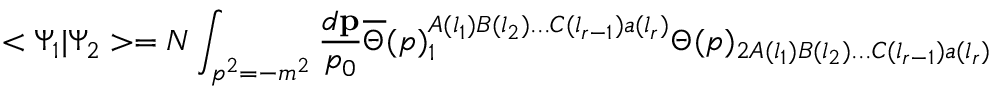
< \Psi _ { 1 } | \Psi _ { 2 } > = N \int _ { p ^ { 2 } = - m ^ { 2 } } \frac { d { \bf p } } { p _ { 0 } } \overline { { { \Theta } } } ( p ) _ { 1 } ^ { A ( l _ { 1 } ) B ( l _ { 2 } ) . . . C ( l _ { r - 1 } ) a ( l _ { r } ) } \Theta ( p ) _ { 2 A ( l _ { 1 } ) B ( l _ { 2 } ) . . . C ( l _ { r - 1 } ) a ( l _ { r } ) }